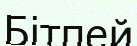
Бітпей